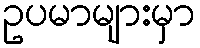
ဥပမာများမှာ